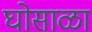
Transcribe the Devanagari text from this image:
घोसाळा